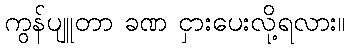
ကွန်ပျူတာ ခဏ ငှားပေးလို့ရလား။